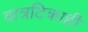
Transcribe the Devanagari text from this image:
वात्रटिकाही